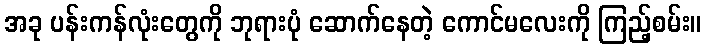
အခု ပန်းကန်လုံးတွေကို ဘုရားပုံ ဆောက်နေတဲ့ ကောင်မလေးကို ကြည့်စမ်း။